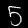
Digit: 5